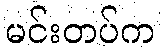
မင်းတပ်က